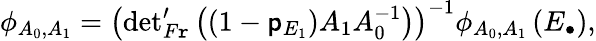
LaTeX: \phi_{A_{0},A_{1}}=\left({\operatorname*{det}}_{F\mathtt{r}}^{\prime}\left(\left(1-\mathsf{p}_{E_{1}}\right)A_{1}A_{0}^{-1}\right)\right)^{-1}\phi_{A_{0},A_{1}}\left(E_{\bullet}\right),